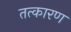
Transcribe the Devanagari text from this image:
तत्कारण